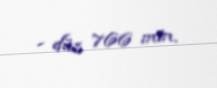
- düz 766 min.